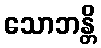
သောဘန္တိ